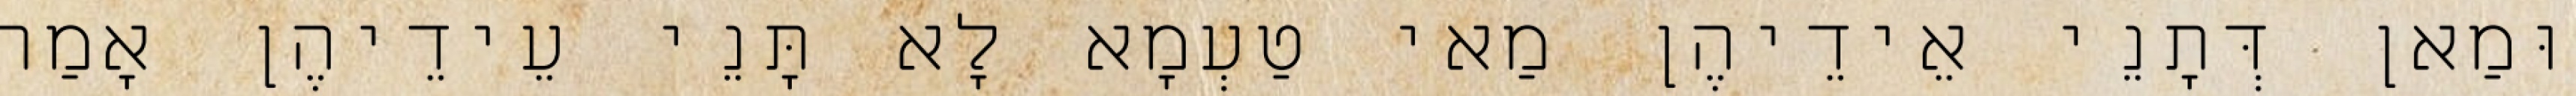
וּמַאן דְּתָנֵי אֵידֵיהֶן מַאי טַעְמָא לָא תָּנֵי עֵידֵיהֶן אָמַר